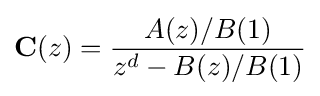
\mathbf {C} (z)={\frac {A(z)/B(1)}{z^{d}-B(z)/B(1)}}